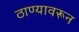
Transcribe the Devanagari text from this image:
ठाण्यावरून